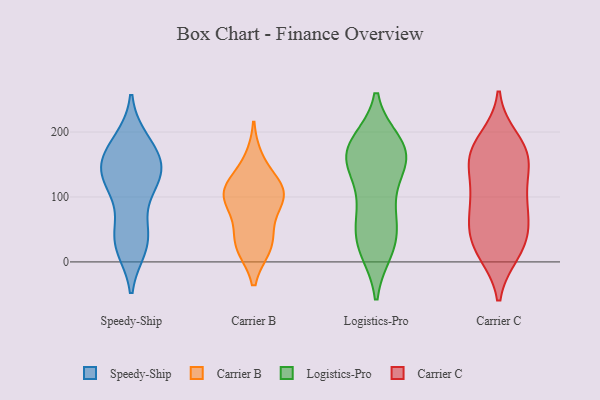
{"axis": {"x": "Churn Rate (%)", "y": "Value"}, "legend": ["Carrier B", "Carrier C", "Logistics-Pro", "Speedy-Ship"], "data": [{"x": "", "y": 152, "type": "Speedy-Ship"}, {"x": "", "y": 129, "type": "Speedy-Ship"}, {"x": "", "y": 28, "type": "Speedy-Ship"}, {"x": "", "y": 55, "type": "Speedy-Ship"}, {"x": "", "y": 153, "type": "Speedy-Ship"}, {"x": "", "y": 171, "type": "Speedy-Ship"}, {"x": "", "y": 143, "type": "Speedy-Ship"}, {"x": "", "y": 41, "type": "Speedy-Ship"}, {"x": "", "y": 186, "type": "Speedy-Ship"}, {"x": "", "y": 26, "type": "Speedy-Ship"}, {"x": "", "y": 112, "type": "Speedy-Ship"}, {"x": "", "y": 147, "type": "Speedy-Ship"}, {"x": "", "y": 129, "type": "Speedy-Ship"}, {"x": "", "y": 184, "type": "Speedy-Ship"}, {"x": "", "y": 114, "type": "Speedy-Ship"}, {"x": "", "y": 23, "type": "Speedy-Ship"}, {"x": "", "y": 108, "type": "Carrier B"}, {"x": "", "y": 156, "type": "Carrier B"}, {"x": "", "y": 110, "type": "Carrier B"}, {"x": "", "y": 24, "type": "Carrier B"}, {"x": "", "y": 108, "type": "Carrier B"}, {"x": "", "y": 69, "type": "Carrier B"}, {"x": "", "y": 25, "type": "Carrier B"}, {"x": "", "y": 30, "type": "Carrier B"}, {"x": "", "y": 108, "type": "Carrier B"}, {"x": "", "y": 99, "type": "Carrier B"}, {"x": "", "y": 183, "type": "Logistics-Pro"}, {"x": "", "y": 160, "type": "Logistics-Pro"}, {"x": "", "y": 90, "type": "Logistics-Pro"}, {"x": "", "y": 125, "type": "Logistics-Pro"}, {"x": "", "y": 161, "type": "Logistics-Pro"}, {"x": "", "y": 25, "type": "Logistics-Pro"}, {"x": "", "y": 157, "type": "Logistics-Pro"}, {"x": "", "y": 19, "type": "Logistics-Pro"}, {"x": "", "y": 38, "type": "Logistics-Pro"}, {"x": "", "y": 67, "type": "Logistics-Pro"}, {"x": "", "y": 162, "type": "Logistics-Pro"}, {"x": "", "y": 183, "type": "Logistics-Pro"}, {"x": "", "y": 24, "type": "Logistics-Pro"}, {"x": "", "y": 72, "type": "Logistics-Pro"}, {"x": "", "y": 159, "type": "Logistics-Pro"}, {"x": "", "y": 179, "type": "Logistics-Pro"}, {"x": "", "y": 55, "type": "Carrier C"}, {"x": "", "y": 119, "type": "Carrier C"}, {"x": "", "y": 98, "type": "Carrier C"}, {"x": "", "y": 25, "type": "Carrier C"}, {"x": "", "y": 165, "type": "Carrier C"}, {"x": "", "y": 170, "type": "Carrier C"}, {"x": "", "y": 40, "type": "Carrier C"}, {"x": "", "y": 188, "type": "Carrier C"}, {"x": "", "y": 98, "type": "Carrier C"}, {"x": "", "y": 57, "type": "Carrier C"}, {"x": "", "y": 149, "type": "Carrier C"}, {"x": "", "y": 15, "type": "Carrier C"}, {"x": "", "y": 15, "type": "Carrier C"}, {"x": "", "y": 81, "type": "Carrier C"}, {"x": "", "y": 163, "type": "Carrier C"}, {"x": "", "y": 166, "type": "Carrier C"}]}